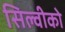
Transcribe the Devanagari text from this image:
सिल्वीको